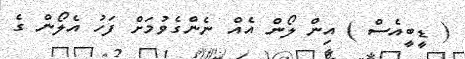
( ޑީބީއެސް ) އިން ލޯން އެއް ނެންގެވުމަށް ފަހު އެލޯން ގެ